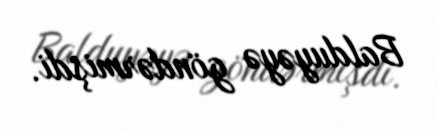
Balduyəyə göndərmişdi.